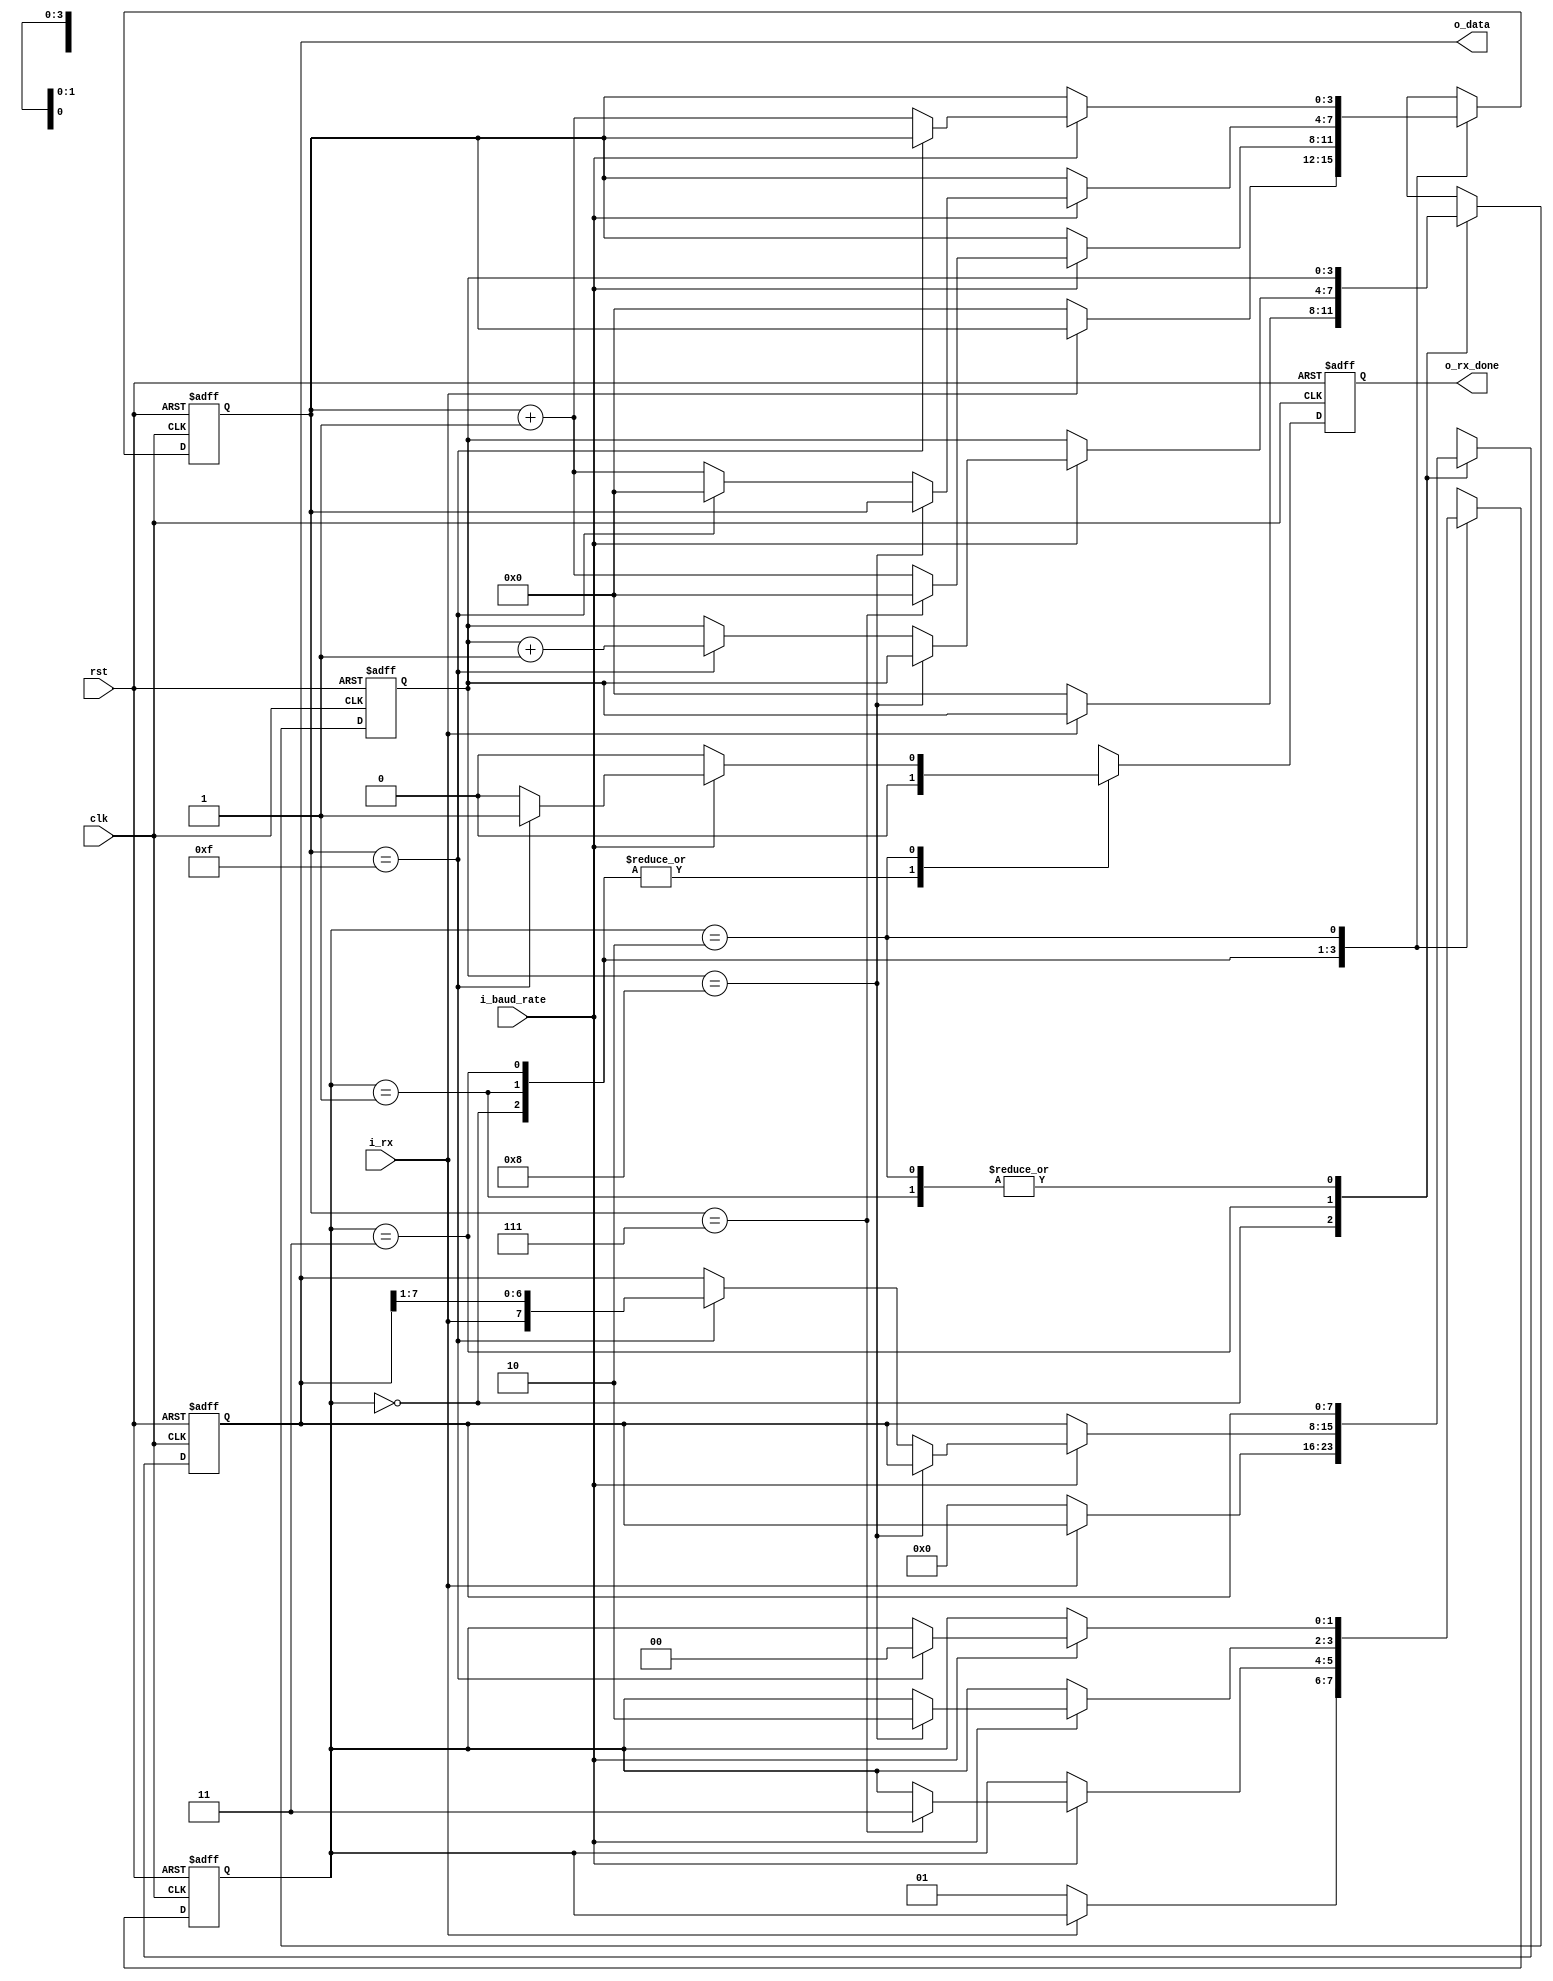
`define NBITS 8

module RX(
    input clk,
    input rst,
    input i_baud_rate,
    input i_rx,
    output reg o_rx_done,
    output reg [`NBITS-1 : 0] o_data
);

    localparam NBITS = `NBITS;
    localparam COUNTER_NBITS = $clog2(NBITS)+1;
    
    localparam
        idle  = 'b00,
        start = 'b01,
        data  = 'b11,
        stop  = 'b10;

    reg [1:0] state, next_state;
    reg [3:0] tick_count, next_tick_count;
    reg [COUNTER_NBITS-1:0] data_count, next_data_count;
    reg [NBITS-1 : 0] next_data;
    reg next_rx_done;


    always@(posedge clk or negedge rst) begin
        if (!rst) begin
            state <= idle;
            tick_count <= 0;
            data_count <= 0;
            o_data <= {NBITS{1'b0}};
            o_rx_done <= 0; 
        end
        else begin
            state <= next_state;
            tick_count <= next_tick_count;
            data_count <= next_data_count;
            o_data <= next_data;
            o_rx_done <= next_rx_done;
        end
    end


    always@* begin

        //defaults
        next_state = state;
        next_tick_count = tick_count;
        next_data_count = data_count;
        next_data = o_data;
        next_rx_done = 0;

        case (state)

            idle:
            begin
                if (!i_rx) begin
                    next_state = start;
                    next_tick_count = 0;
                    next_data_count = {COUNTER_NBITS{1'b0}};
                    next_data = {NBITS{1'b0}};
                end
            end

            start:
            begin
                if (i_baud_rate) begin
                    if(tick_count == 7) begin
                        next_state = data;
                        next_tick_count = 0;
                    end
                    else next_tick_count = tick_count + 1;
                end
            end

            data:
            begin
                if (i_baud_rate) begin
                    if (data_count == NBITS) next_state = stop;
                    else begin
                        if(tick_count == 15) begin
                            next_data = {i_rx, o_data[NBITS-1:1]};     
                            next_data_count = data_count + 1;
                            next_tick_count = 0;
                        end
                        else next_tick_count = tick_count + 1;
                    end
                end
            end
            
            stop:
            begin
                if (i_baud_rate) begin
                    if (tick_count == 15) begin
                            next_state = idle;
                            next_rx_done = 1;
                        end
                    else next_tick_count = tick_count + 1;
                end
            end
        
        endcase
    
    end

endmodule